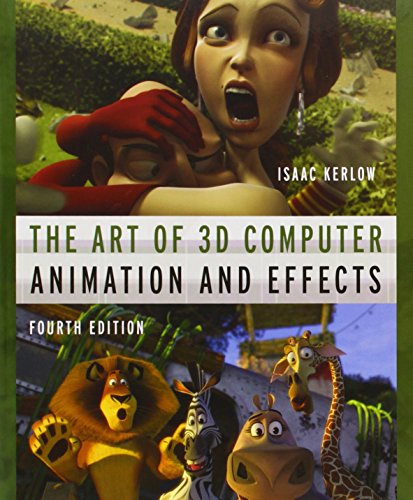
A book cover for The Art of 3D Computer Animation and Effects; Isaac Kerlow; Computers & Technology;